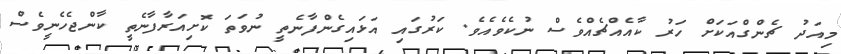
މިއަދު ޗެންގްއަކަށް ހަރު ކާއެއްޗެއްވެސް ނުކެވެއެވެ. ކަރުގައި އަޅައިގެންފާނެތީ ނުވަތަ ކޮށިއަރާފާނެތީ ކާންޖެހެނީވެސް